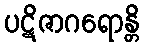
ပဋိဇာဂရောန္တိ